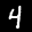
Label: 4